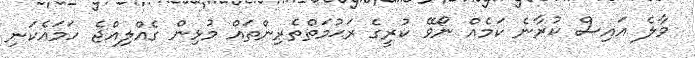
މާލެ އައިސް ކުރާނެ ކަމެއް ނޯވޭ ކުރީގެ ރަޙުމަތްތެރިންތައް މުޅިން ގެއްލިއްޖެ ހަމައެކަނި